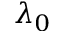
\lambda _ { 0 }